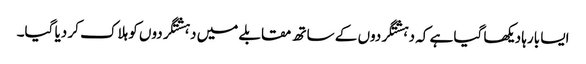
ایسا بارہا دیکھا گیا ہے کہ دہشتگردوں کے ساتھ مقابلے میں دہشتگردوں کو ہلاک کر دیا گیا۔